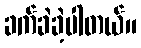
ခက်ခဲခဲ့ပါတယ်။